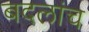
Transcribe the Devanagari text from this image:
बदलांच